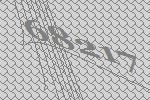
68217